Annual statistical returns and brief notes on vaccination in Bengal - 1887-1898
Year: 1887
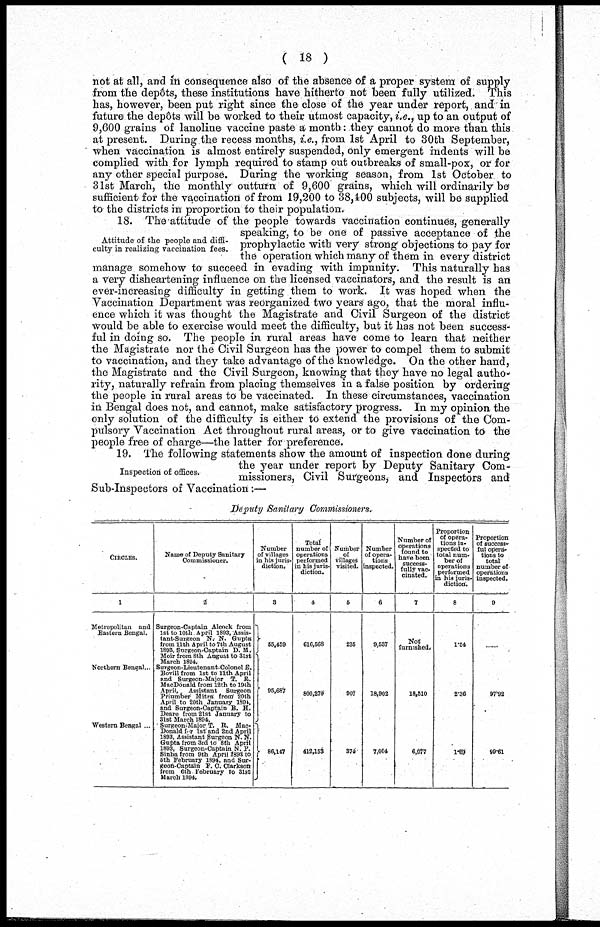
(18)
not at all, and in consequence also of the absence of a proper system of supply
from the depôts, these institutions have hitherto not been fully utilized. This
has, however, been put right since the close of the year under report, and in
future the depôts will be worked to their utmost capacity, i.e., up to an output of
9,600 grains of lanoline vaccine paste a month: they cannot do more than this
at present. During the recess months, i.e., from 1st April to 30th September,
when vaccination is almost entirely suspended, only emergent indents will be
complied with for lymph required to stamp out outbreaks of small-pox, or for
any other special purpose. During the working season, from 1st October to
31st March, the monthly outturn of 9,600 grains, which will ordinarily be
sufficient for the vaccination of from 19,200 to 38,400 subjects, will be supplied
to the districts in proportion to their population.
Attitude of the people and diffi-
culty in realizing vaccination fees.
18. The attitude of the people towards vaccination continues, generally
speaking, to be one of passive acceptance of the
prophylactic with very strong objections to pay for
the operation which many of them in every district
manage somehow to succeed in evading with impunity. This naturally has
a very disheartening influence on the licensed vaccinators, and the result is an
ever-increasing difficulty in getting them to work. It was hoped when the
Vaccination Department was reorganized two years ago, that the moral influ-
ence which it was thought the Magistrate and Civil Surgeon of the district
would be able to exercise would meet the difficulty, but it has not been success-
ful in doing so. The people in rural areas have come to learn that neither
the Magistrate nor the Civil Surgeon has the power to compel them to submit
to vaccination, and they take advantage of the knowledge. On the other hand,
the Magistrate and the Civil Surgeon, knowing that they have no legal autho-
rity, naturally refrain from placing themselves in a false position by ordering
the people in rural areas to be vaccinated. In these circumstances, vaccination
in Bengal does not, and cannot, make satisfactory progress. In my opinion the
only solution of the difficulty is either to extend the provisions of the Com-
pulsory Vaccination Act throughout rural areas, or to give vaccination to the
people free of charge—the latter for preference.
Inspection of offices.
19. The following statements show the amount of inspection done during
the year under report by Deputy Sanitary Com-
missioners, Civil Surgeons, and Inspectors and
Sub-Inspectors of Vaccination:—
Deputy Sanitary
Commissioners.
CIRCLES.
l
Metropolitan and
Eastern Bengal.
Northern Bengal...
Western Bengal ...
Name of Deputy Sanitary
Commissioner.
2
Surgeon-Captain Alcock from
1st to 10th April 1893, Assis-
tant-Surgeon N. N. Gupta
from 11th April to 7th August
1893, Surgeon-Captain D. M.
Moir from 8th August to 31st
March 1894.
Surgeon-Lieutenant Colonel E-
Bovill from 1st to 11th April
and Surgeon-Major T. R.
MacDonald from 12th to 19th
April, Assistant Surgeon
Prinmber Mitra from 20th
April to 20th January 1894,
and Surgeon-Captain B. H.
Deare from 21st January to
31st March 1894.
Surgeon-Major T. R. Mac-
Donald for 1stand 2nd April
1893, Assistant Surgeon N. N.
Gupta from 3rd to 8th April
1893, Surgeon-Captain N. P.
Sinha from 9th April 1893 to
6th February 1894, and Sur-
geon-Captain F. O. Clarkson-
from 6th February to 31st
March 1894.
Number
of villages
in his juris-
diction.
3
55,459
95,687
86,147
Total
number of
operations
performed
in his juris-
diction.
4
616,568
800,270
412,153
Number
of
villages
visited.
5
235
907
374
Number
of opera-
tions
inspected.
6
9,537
18,902
7,004
Number of
Operations
found to
have been
success-
fully vac-
cinated.
7
Not
furnished.
18,510
6,977
Proportion
of opera-
tions in-
spected to
total num-
ber of
operations
performed
in his juris-
diction.
8
1.54
2.36
1.69
Proportion
of success-
ful opera-
tions to
total
number of
operations
inspected.
9
......
97.92
99.61